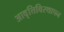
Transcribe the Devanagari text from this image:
आवृत्तिविस्थापन